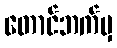
တောင်ဘက်မှ